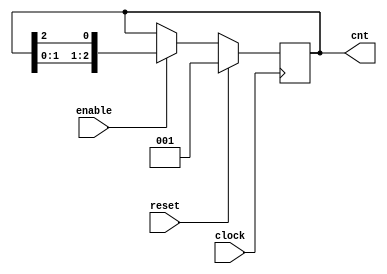
module shift_counter
#(
	parameter BIT = 3
)
(
	input clock, reset, enable,
	output reg [BIT-1:0] cnt
);

always @(posedge clock)
begin
	if (reset)
		cnt <= 1;
	else if (enable)
		cnt <= {cnt[BIT-2:0], cnt[BIT-1]};
end
endmodule